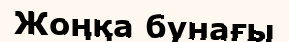
Жоңқа бунағы